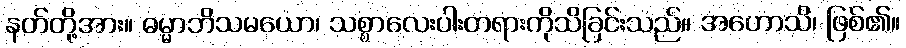
နတ်တို့အား။ ဓမ္မာဘိသမယော၊ သစ္စာလေးပါးတရားကိုသိခြင်းသည်။ အဟောသိ၊ ဖြစ်၏။